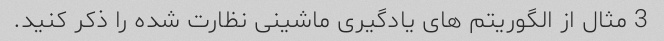
3 مثال از الگوریتم های یادگیری ماشینی نظارت شده را ذکر کنید.